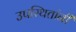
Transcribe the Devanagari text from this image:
उपस्थितांनी